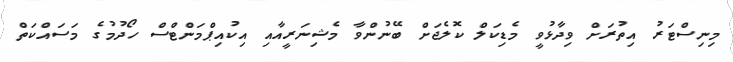
މިނިސްޓަރު އިތުރަށް ވިދާޅުވީ މެޑިކަލް ކޮލެޖަށް ބޭނުންވާ މެޝިނަރީއާއި އިކުއިޕްމަންޓްސް ހޯދުމުގެ މަސައްކަތް